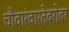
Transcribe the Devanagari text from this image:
चौवारंवारतेबरोबर